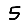
Digit: 5